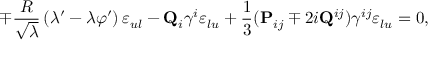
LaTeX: \mp { \frac { R } { \sqrt { \lambda } } } \left( \lambda ^ { \prime } - \lambda \varphi ^ { \prime } \right) \varepsilon _ { u l } - { \bf Q } _ { i } \gamma ^ { i } \varepsilon _ { l u } + { \frac { 1 } { 3 } } ( { \bf P } _ { i j } \mp 2 i { \bf Q } ^ { i j } ) \gamma ^ { i j } \varepsilon _ { l u } = 0 ,